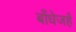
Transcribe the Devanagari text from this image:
बाँधेजहँ